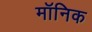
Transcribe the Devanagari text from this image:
मॉनिक